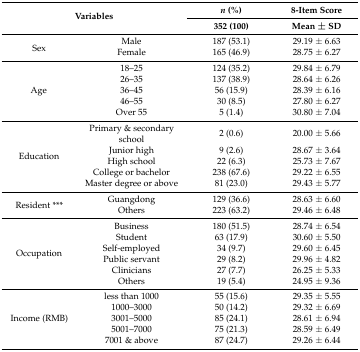
<table><thead><tr><td rowspan="2" colspan="2"><b>Variables</b></td><td><b><i>n</i> (%)</b></td><td><b>8-Item Score</b></td></tr><tr><td><b>352 (100)</b></td><td><b>Mean ± SD</b></td></tr></thead><tbody><tr><td rowspan="2">Sex</td><td>Male</td><td>187 (53.1)</td><td>29.19 ± 6.63</td></tr><tr><td>Female</td><td>165 (46.9)</td><td>28.75 ± 6.27</td></tr><tr><td rowspan="5">Age</td><td>18–25</td><td>124 (35.2)</td><td>29.84 ± 6.79</td></tr><tr><td>26–35</td><td>137 (38.9)</td><td>28.64 ± 6.26</td></tr><tr><td>36–45</td><td>56 (15.9)</td><td>28.39 ± 6.16</td></tr><tr><td>46–55</td><td>30 (8.5)</td><td>27.80 ± 6.27</td></tr><tr><td>Over 55</td><td>5 (1.4)</td><td>30.80 ± 7.04</td></tr><tr><td rowspan="5">Education</td><td>Primary &amp; secondary school</td><td>2 (0.6)</td><td>20.00 ± 5.66</td></tr><tr><td>Junior high</td><td>9 (2.6)</td><td>28.67 ± 3.64</td></tr><tr><td>High school</td><td>22 (6.3)</td><td>25.73 ± 7.67</td></tr><tr><td>College or bachelor</td><td>238 (67.6)</td><td>29.22 ± 6.55</td></tr><tr><td>Master degree or above</td><td>81 (23.0)</td><td>29.43 ± 5.77</td></tr><tr><td rowspan="2">Resident ***</td><td>Guangdong</td><td>129 (36.6)</td><td>28.63 ± 6.60</td></tr><tr><td>Others</td><td>223 (63.2)</td><td>29.46 ± 6.48</td></tr><tr><td rowspan="6">Occupation</td><td>Business</td><td>180 (51.5)</td><td>28.74 ± 6.54</td></tr><tr><td>Student</td><td>63 (17.9)</td><td>30.60 ± 5.50</td></tr><tr><td>Self-employed</td><td>34 (9.7)</td><td>29.60 ± 6.45</td></tr><tr><td>Public servant</td><td>29 (8.2)</td><td>29.96 ± 4.82</td></tr><tr><td>Clinicians</td><td>27 (7.7)</td><td>26.25 ± 5.33</td></tr><tr><td>Others</td><td>19 (5.4)</td><td>24.95 ± 9.36</td></tr><tr><td rowspan="5">Income (RMB)</td><td>less than 1000</td><td>55 (15.6)</td><td>29.35 ± 5.55</td></tr><tr><td>1000–3000</td><td>50 (14.2)</td><td>29.32 ± 6.69</td></tr><tr><td>3001–5000</td><td>85 (24.1)</td><td>28.61 ± 6.94</td></tr><tr><td>5001–7000</td><td>75 (21.3)</td><td>28.59 ± 6.49</td></tr><tr><td>7001 &amp; above</td><td>87 (24.7)</td><td>29.26 ± 6.44</td></tr></tbody></table>